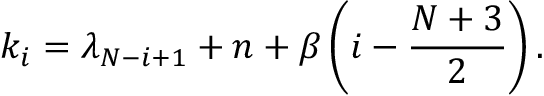
k _ { i } = \lambda _ { N - i + 1 } + n + \beta \left( i - \frac { N + 3 } { 2 } \right) .